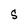
Character: S